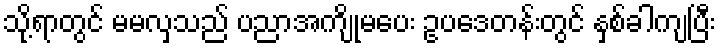
သို့ရာတွင် မမလှသည် ပညာအကျိုမပေး ဥပဒေတန်းတွင် နှစ်ခါကျပြီး